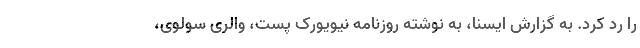
را رد کرد. به گزارش ایسنا، به نوشته روزنامه نیویورک پست، والری سولوی،